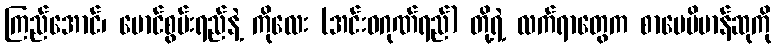
ကြည်အောင်၊ မောင်စွမ်းရည်နဲ့ ကိုလေး (အင်းဝဂုဏ်ရည်) တို့ရဲ့ လက်ရာတွေက စာပေဗိမာန်ဆုကို